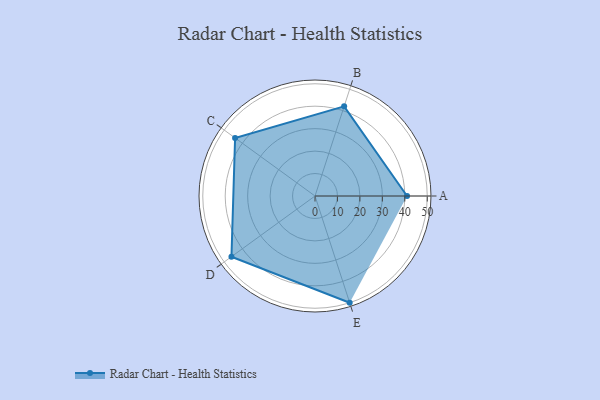
{"axis": {"x": "Skill", "y": "Score"}, "legend": ["Profile"], "data": [{"x": "A", "y": 41.0, "type": "Profile"}, {"x": "B", "y": 42.0, "type": "Profile"}, {"x": "C", "y": 44.0, "type": "Profile"}, {"x": "D", "y": 46.0, "type": "Profile"}, {"x": "E", "y": 50.0, "type": "Profile"}]}